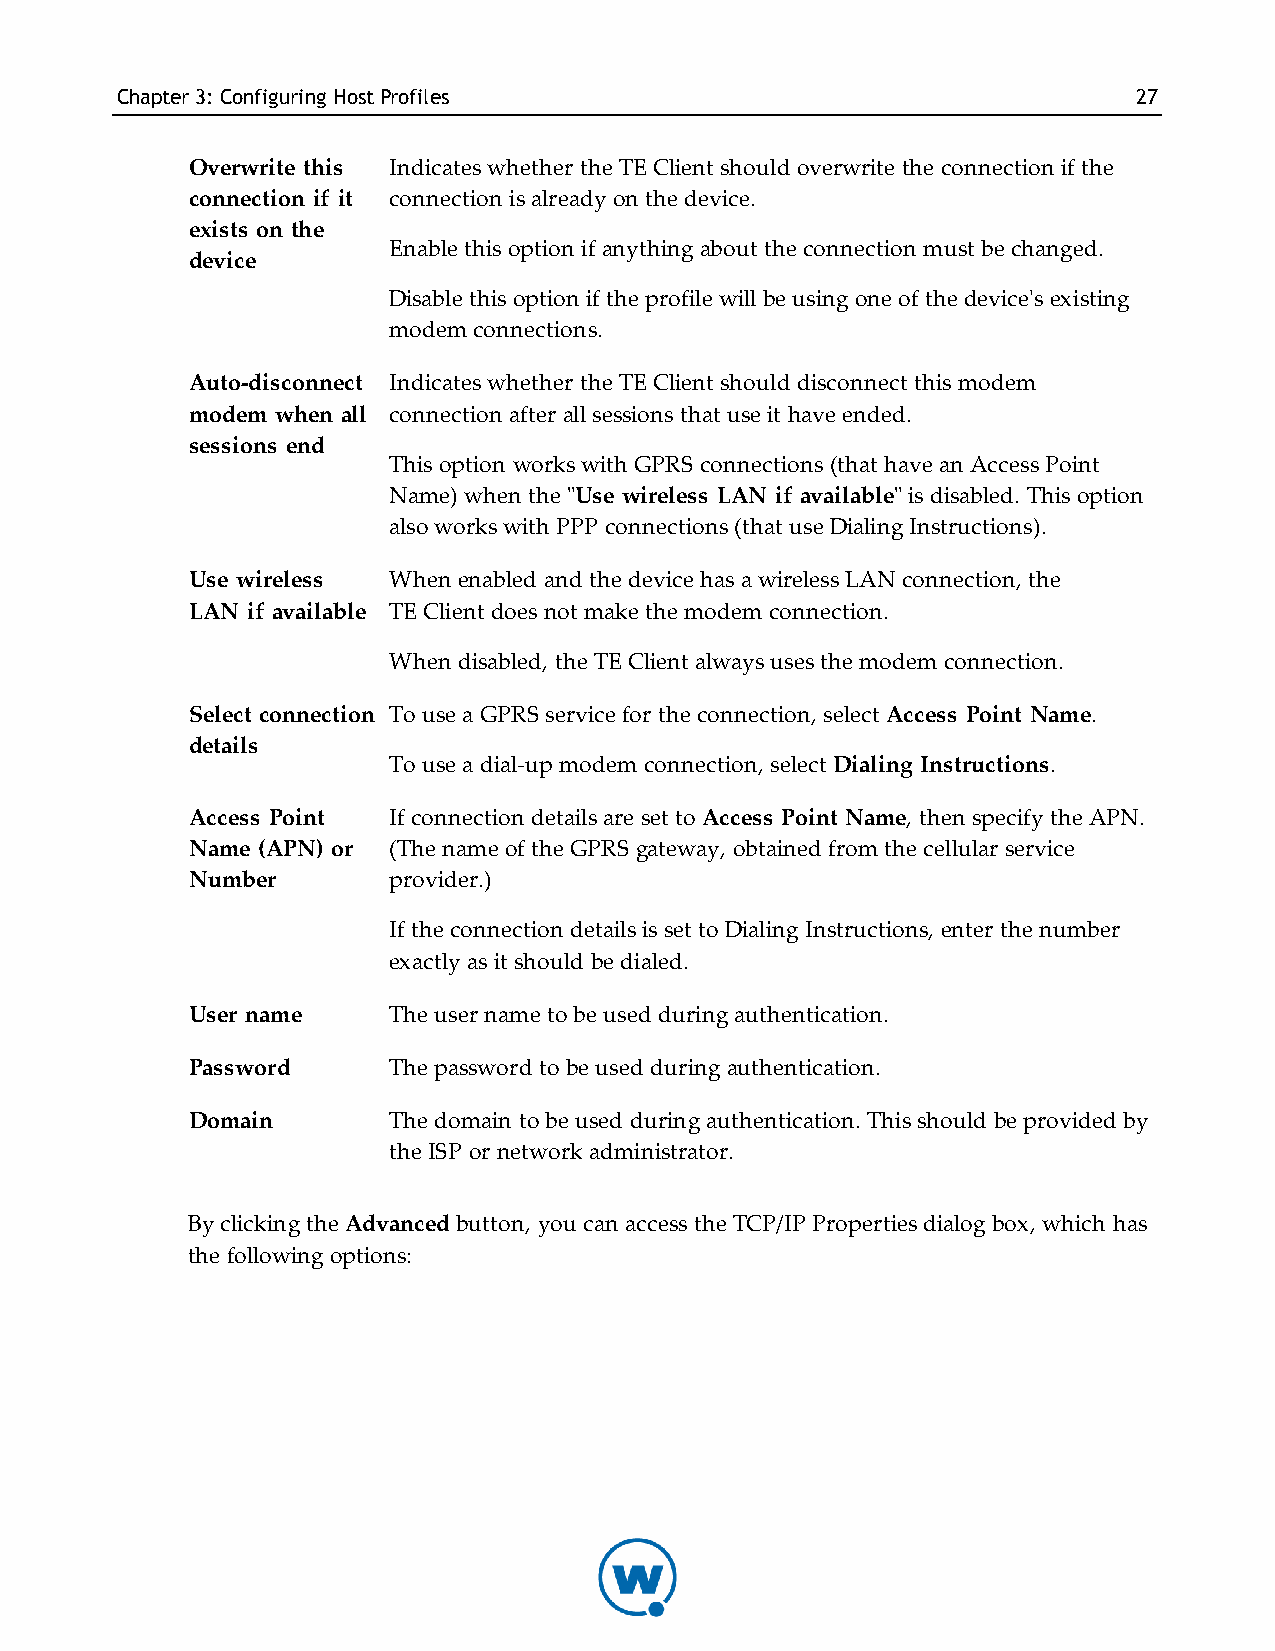
Chapter3: Configuring HostProfiles                                 27
 Overwrite this Indicates whether the TE Client should overwrite the connection if the
 connection if it connection is already on the device.
 exists on the
 Enable this option if anything about the connection must be changed.
 device
 Disable this option if the profile will be using one of the device's existing
 modem connections.
 Auto-disconnect Indicates whether the TE Client should disconnect this modem
 modem when all connection after all sessions that use it have ended.
 sessions end
 This option works with GPRS connections (that have an Access Point
 Name) when the "Use wireless LAN if available" is disabled. This option
 also works with PPP connections (that use Dialing Instructions).
 Use wireless When enabled and the device has a wireless LAN connection, the
 LAN if available TE Client does not make the modem connection.
 When disabled, the TE Client always uses the modem connection.
 Select connection To use a GPRS service for the connection, select Access Point Name.
 details
 To use a dial-up modem connection, select Dialing Instructions.
 Access Point If connection details are set to Access Point Name, then specify the APN.
 Name (APN) or (The name of the GPRS gateway, obtained from the cellular service
 Number       provider.)
 If the connection details is set to Dialing Instructions, enter the number
 exactly as it should be dialed.
 User name    The user name to be used during authentication.
 Password     The password to be used during authentication.
 Domain       The domain to be used during authentication. This should be provided by
 the ISP or network administrator.
 By clicking the Advanced button, you can access the TCP/IP Properties dialog box, which has
 the following options: